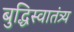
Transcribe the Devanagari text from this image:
बुद्धिस्वातंत्र्य